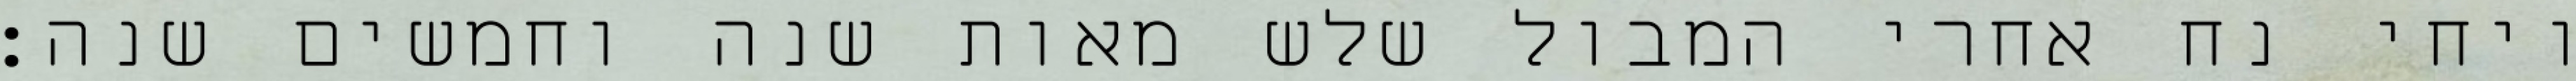
ויחי נח אחרי המבול שלש מאות שנה וחמשים שנה׃